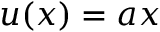
u ( x ) = a x